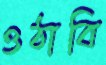
ওঠাবি